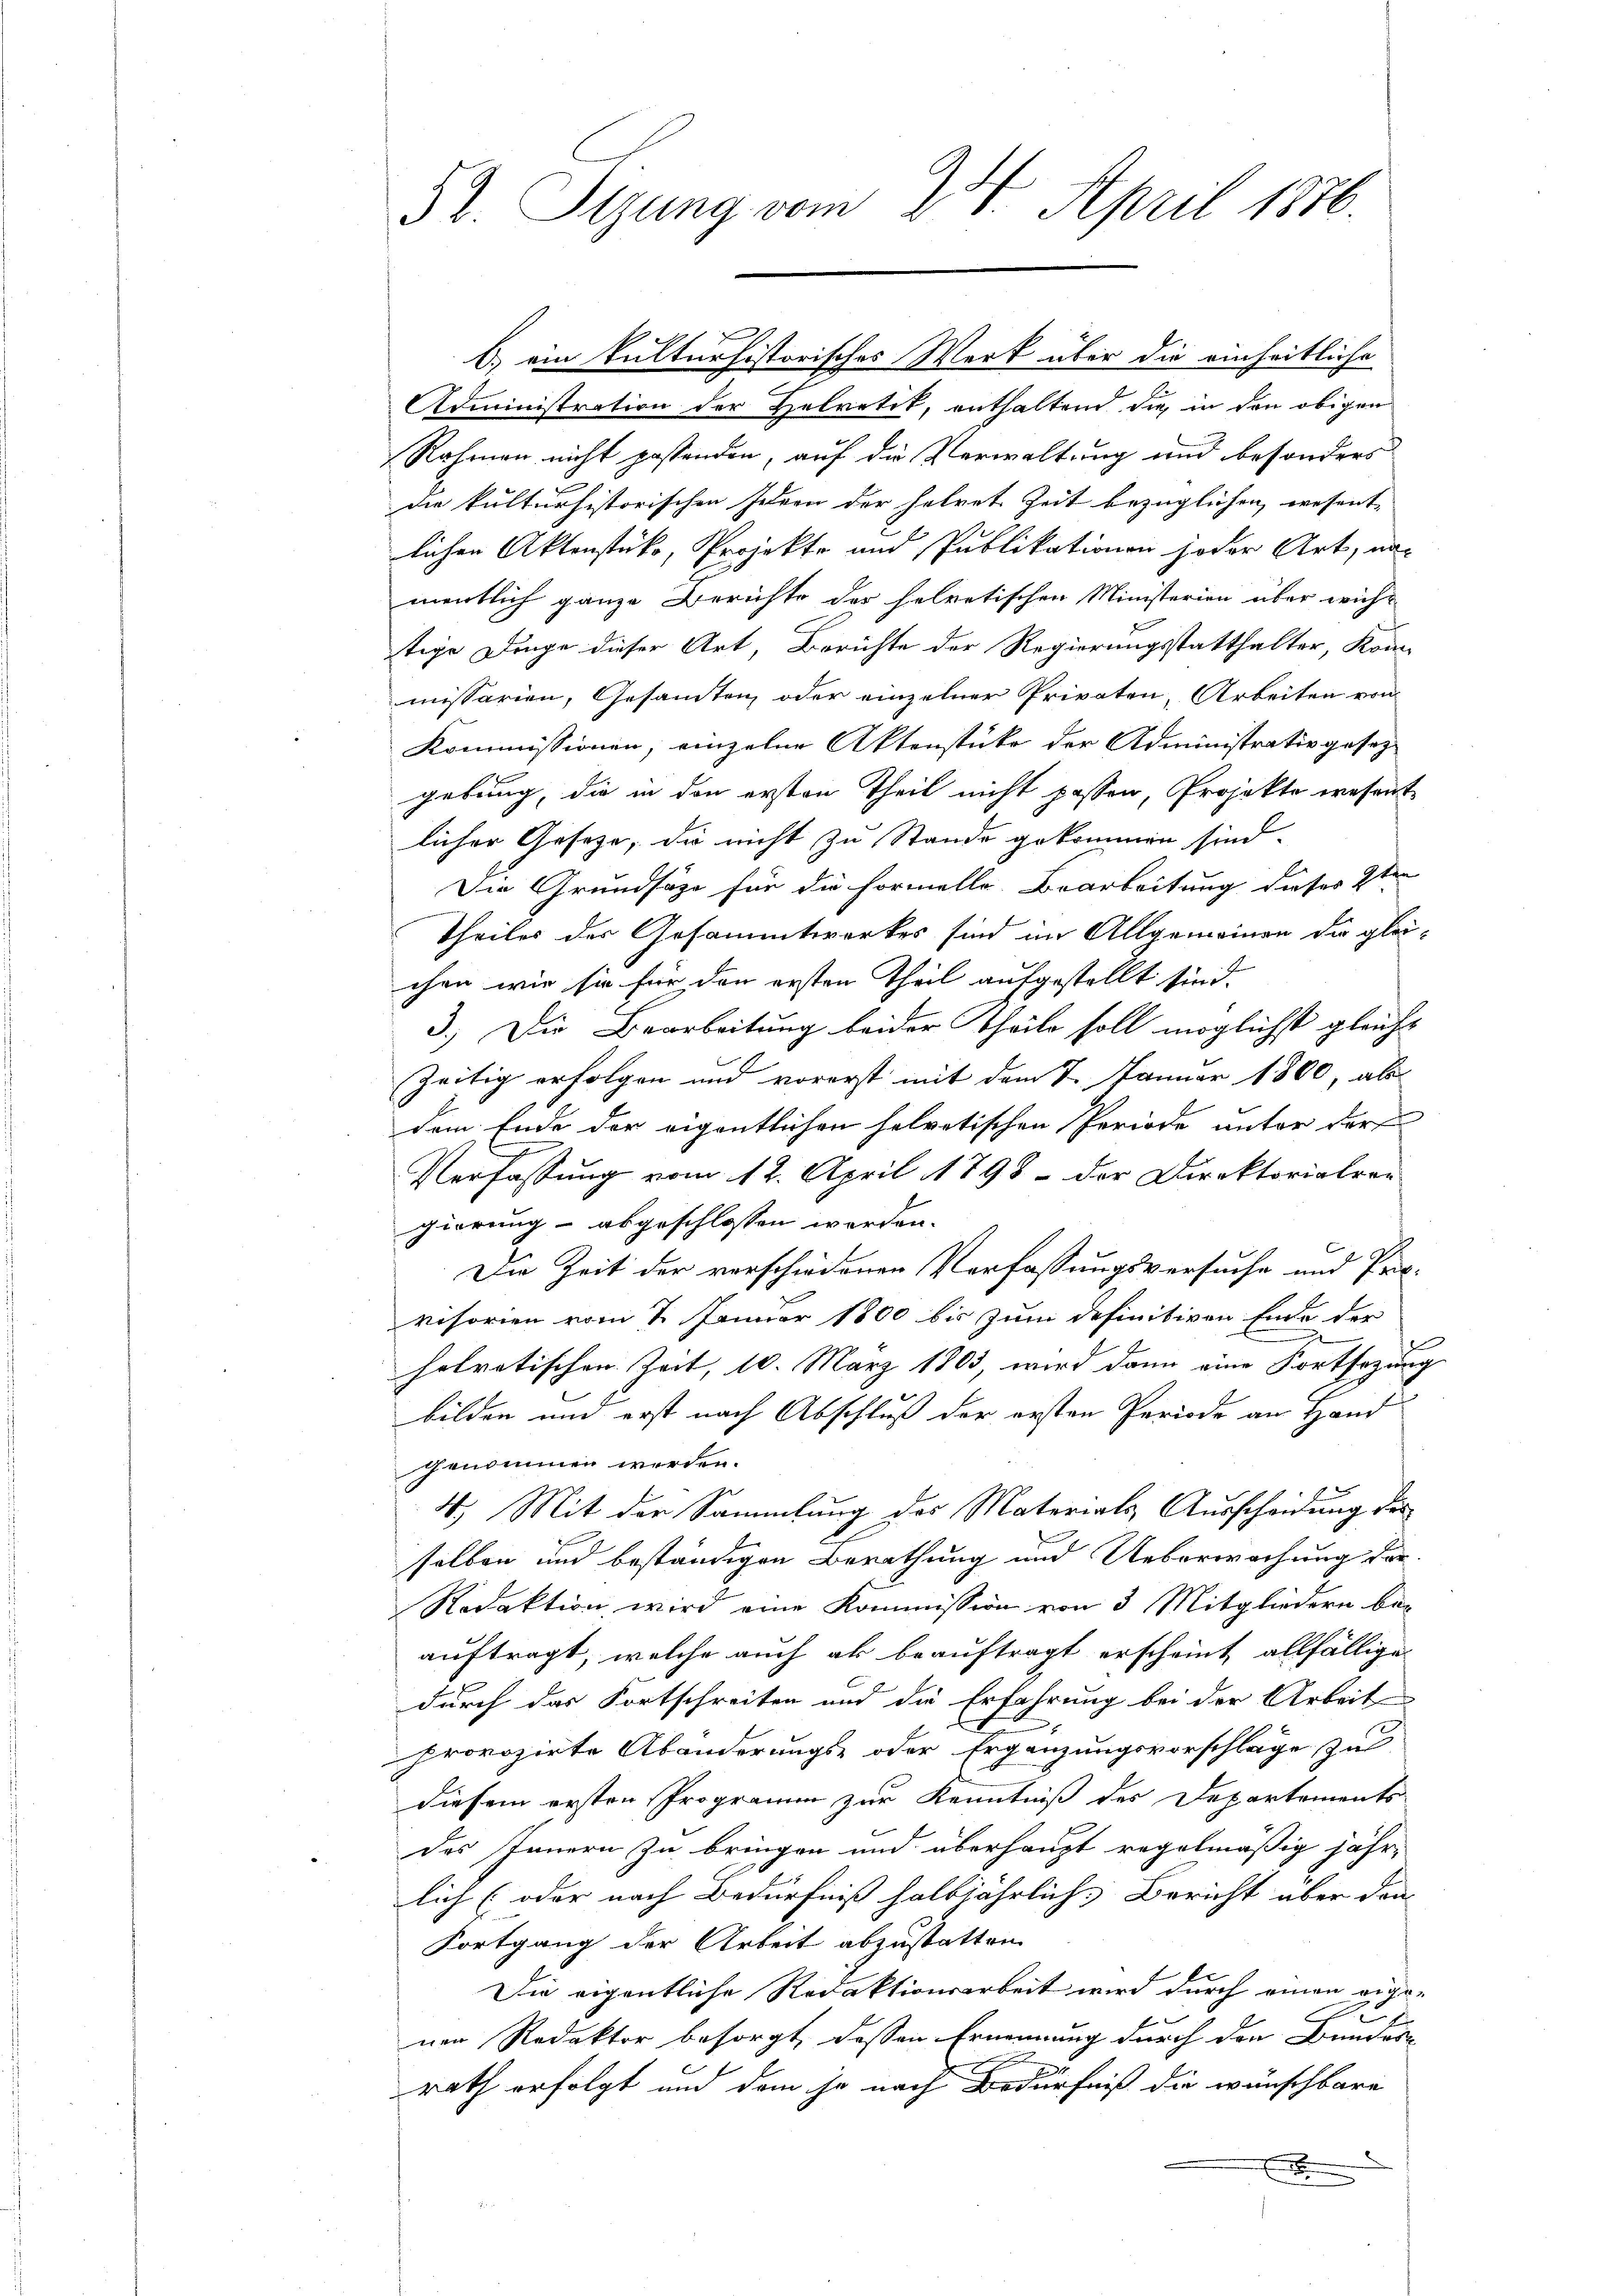
52. Sitzung vom 28. April 1876.

b.) ein kulturhistorisches Werk über die einheitliche
Administration der Helvetik, enthaltend die in den obigen
Rahmen nicht postenden, auf die Verwaltung und besonders
die kulturhistorischen Jahren der helvete Zeit bezüglichen, wesent-
lichen Aktenstücke, Projekte und Publikationen joder Art, nac
mentlich ganze Berichte der helvetischen Ministerien über wich-
tige Dinge dieser Art, Berichte der Regierungsstatthalter, Konmissarien, Gesamten oder einzelner Privaten, Arbeiten von
Kommissionen, einzelne Aktenstücke der Administrativ gesetz-
gebung, die in den ersten Theil nicht passen, Projekte wesent
licher Gesetze, die nicht zu Stande gekommen sind.
Die Grundsätze für die Formelle Bearbeitung dieser 2ten
Theiles der Gesammtwerkes sind im Allgemeinen die gleichen wir sie für den ersten Theil aufgestellt sind.
3.) Die Bearbeitung beider Theile soll möglichst gleich-
zeitig erfolgen und vorerst mit dem 7. Januar 1860, als
dem Ende der eigentlichen helvetischen Periode unter der
Verfassung vom 12. April 1798 - der Direktorialere
gierung abgeschlossen werden.
.
Die Zeit der verschiedenen Verfassungsversuche und Provisorien vom 7. Januar 1800 bis zum definitiven Ende der
helvetischen Zeit, 10. März 1803, wird dann eine Fortsezung
bilden und erst nach Abschluß der ersten Periode an Hand-
genommen werden.
4.) Mit der Sammlung des Materials Ausscheidung des
selben und beständigen Berathung und Ueberwachung der
Redaktion wird eine Kommission von 3 Mitgliedern be-
auftragt, welche auch als beauftragt erscheint allfällige
durch das Fortschreiten und die Erfahrung bei der Arbeit
provozirte Abänderungs- oder Ergänzungsvorschläge zu
diesem ersten Programm zur Kenntniß des Departements
des Innern zu bringen und überhaupt regelmäßig jähr-
lich (oder nach Bedürfniß halbjährlich, Bericht über den
Fortgang der Arbeit abzustatten.
Die eigentliche Redaktionsarbeit wird durch einen eigef
nen Redaktor besorgt, dessen Ernennung durch den Bundern
rath erfolgt und dem je nach Bedürfniß die wünschbare
E